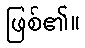
ဖြစ်၏။